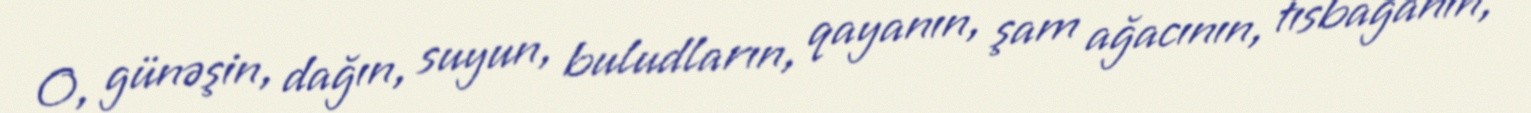
O, günəşin, dağın, suyun, buludların, qayanın, şam ağacının, tısbağanın,